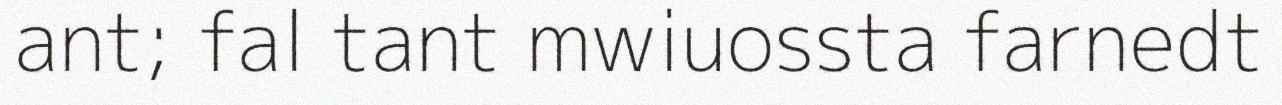
ant; fal tant mwiuossta farnedt